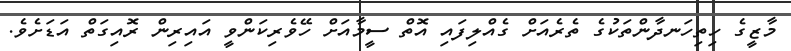
މާޒީގެ ހިތިހަނދާންތަކުގެ ތެރެއަށް ގެއްލިފައި އޮތް ސީމާއަށް ހޭވެރިކަންވީ އައިރިން ރޮއިގަތް އަޑަށެވެ.